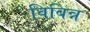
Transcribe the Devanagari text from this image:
विबिन्न